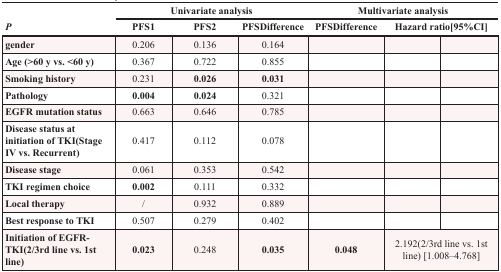
<table><thead><tr><td rowspan="2"><b><i>P</i></b></td><td colspan="3"><b>Univariate analysis</b></td><td colspan="3"><b>Multivariate analysis</b></td></tr><tr><td><b>PFS1</b></td><td><b>PFS2</b></td><td><b>PFSDifference</b></td><td><b>PFSDifference</b></td><td colspan="2"><b>Hazard ratio[95%CI]</b></td></tr></thead><tbody><tr><td><b>gender</b></td><td>0.206</td><td>0.136</td><td>0.164</td><td></td><td></td><td></td></tr><tr><td><b>Age (&gt;60 y vs. &lt;60 y)</b></td><td>0.367</td><td>0.722</td><td>0.855</td><td></td><td></td><td></td></tr><tr><td><b>Smoking history</b></td><td>0.231</td><td><b>0.026</b></td><td><b>0.031</b></td><td></td><td></td><td></td></tr><tr><td><b>Pathology</b></td><td><b>0.004</b></td><td><b>0.024</b></td><td>0.321</td><td></td><td></td><td></td></tr><tr><td><b>EGFR mutation status</b></td><td>0.663</td><td>0.646</td><td>0.785</td><td></td><td></td><td></td></tr><tr><td><b>Disease status at initiation of TKI(Stage IV vs. Recurrent)</b></td><td>0.417</td><td>0.112</td><td>0.078</td><td></td><td></td><td></td></tr><tr><td><b>Disease stage</b></td><td>0.061</td><td>0.353</td><td>0.542</td><td></td><td></td><td></td></tr><tr><td><b>TKI regimen choice</b></td><td><b>0.002</b></td><td>0.111</td><td>0.332</td><td></td><td></td><td></td></tr><tr><td><b>Local therapy</b></td><td>/</td><td>0.932</td><td>0.889</td><td></td><td></td><td></td></tr><tr><td><b>Best response to TKI</b></td><td>0.507</td><td>0.279</td><td>0.402</td><td></td><td></td><td></td></tr><tr><td><b>Initiation of EGFR-TKI(2/3rd line vs. 1st line)</b></td><td><b>0.023</b></td><td>0.248</td><td><b>0.035</b></td><td><b>0.048</b></td><td colspan="2">2.192(2/3rd line vs. 1st line) [1.008–4.768]</td></tr></tbody></table>